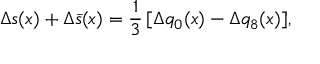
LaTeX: \Delta s ( x ) + \Delta \bar { s } ( x ) = \frac { 1 } { 3 } \, [ \Delta q _ { 0 } ( x ) - \Delta q _ { 8 } ( x ) ] ,